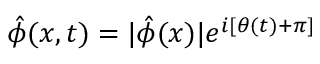
\hat { \phi } ( x , t ) = | \hat { \phi } ( x ) | e ^ { i [ \theta ( t ) + \pi ] }